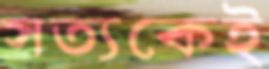
সত্যকেই